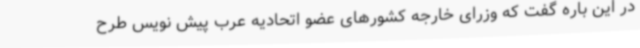
در این باره گفت که وزرای خارجه کشورهای عضو اتحادیه عرب پیش نویس طرح